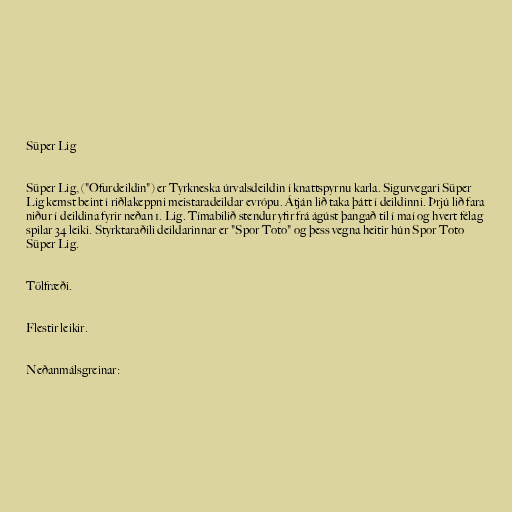
Süper Lig

Süper Lig, ("Ofurdeildin") er Tyrkneska úrvalsdeildin í knattspyrnu karla. Sigurvegari Süper
Lig kemst beint í riðlakeppni meistaradeildar evrópu. Átján lið taka þátt í deildinni. Þrjú lið fara
niður í deildina fyrir neðan 1. Lig. Tímabilið stendur yfir frá ágúst þangað til í maí og hvert félag
spilar 34 leiki. Styrktaraðili deildarinnar er "Spor Toto" og þess vegna heitir hún Spor Toto
Süper Lig.

Tölfræði.

Flestir leikir.

Neðanmálsgreinar: